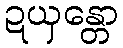
ဍယှန္တော